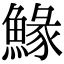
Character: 䱲